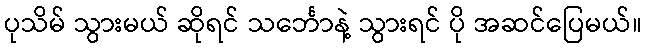
ပုသိမ် သွားမယ် ဆိုရင် သင်္ဘောနဲ့ သွားရင် ပို အဆင်ပြေမယ်။